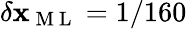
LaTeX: \delta\mathbf{x}_{\mathrm{{~M~L~}}}=1/160